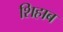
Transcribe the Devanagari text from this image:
शिहाब